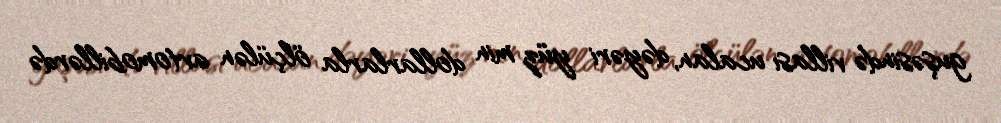
guşəsində villası ucalan, dəyəri yüz min dollarlarla ölçülən avtomobillərdə